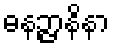
ဓနဉ္ဇာနိနာ